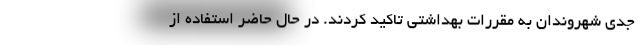
جدی شهروندان به مقررات بهداشتی تاکید کردند. در حال حاضر استفاده از